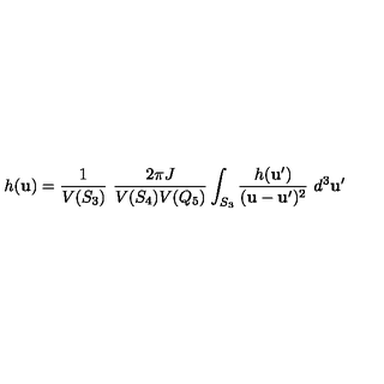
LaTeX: h ( { \bf u } ) = \frac { 1 } { V ( S _ { 3 } ) } \ \frac { 2 \pi J } { V ( S _ { 4 } ) V ( Q _ { 5 } ) } \int _ { S _ { 3 } } \frac { h ( { \bf u } ^ { \prime } ) } { ( { \bf u } - { \bf u } ^ { \prime } ) ^ { 2 } } \ d ^ { 3 } { \bf u } ^ { \prime }